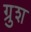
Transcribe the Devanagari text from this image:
ग्रुश